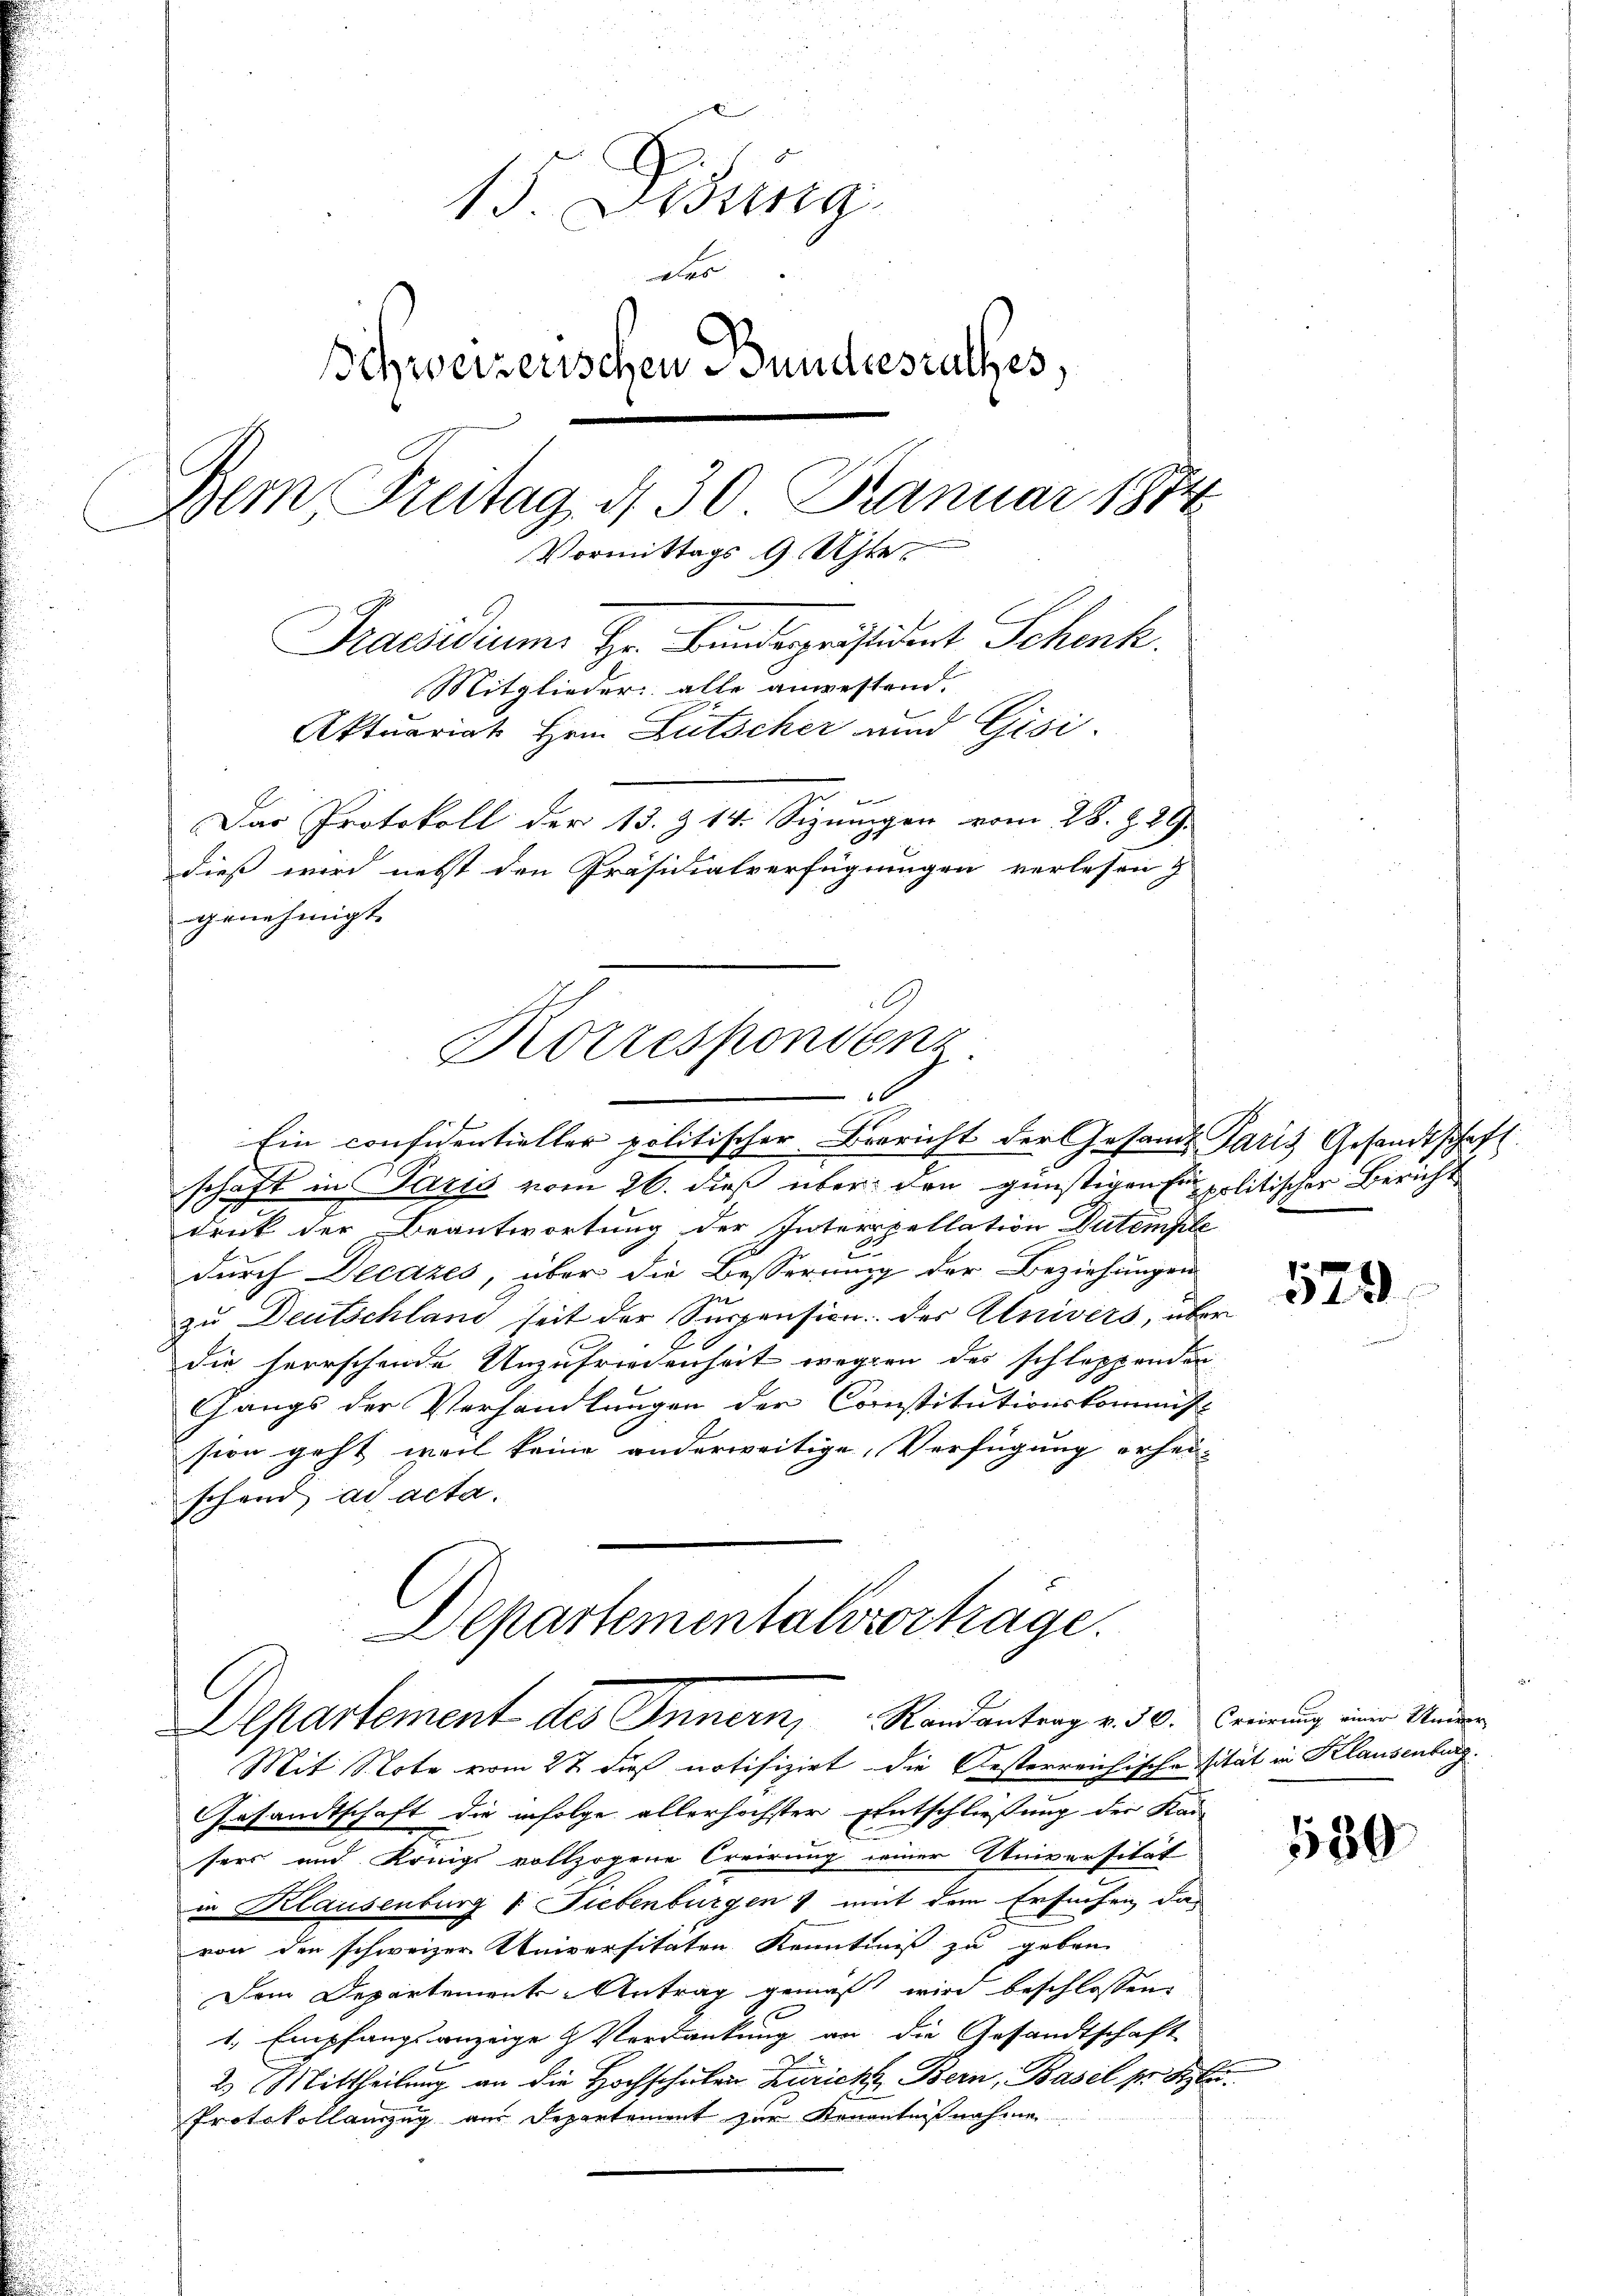
15. Didung.
des
Schweizerischen Bundesrathes,
Dem Freitag, d. 30. Januar 1874
Vormittags 9 Uhre
Praesidiums Hr. Bundespräsident Schenk.
Mitglieder: alle anwestend.
Aktuariat Hrn. Lütscher und Gisi.
Das Protokoll der 13. & 14. Sizungen vom 28. Z. 29.
dieß wird nebst den Präsidialverfügungen verlesen &
genehmigt.

Korrespenstenz
x
Ein considentieller politischer Bericht der Gesandt Paris Gesandtschaft

schaft in Paris vom 26. dieß über den günstigen für politischer Bericht
druck der Beantwortung der Interpellation Dutemfile
2
durch Decazes, über die Besserung der Beziehungen
zu Deutschland seit der Suppension des Univers, über
die herrschende Unzufriedenheit wegen des schlappenden
Gangs der Verhandlungen der Constitutionskommis-
sion geht weil keine anderweitige, Verfügung erhei-
schend ad acta.
Departementalsvorträge.
Departement des Innern Randantrag v. 30. Ceinung eine Ander
Mit Note vom 27. dieß notifizirt die Oesterreichische sität in Klausenburg
Gesandtschaft die infolge allerhöchster Entschließung der Kan-
sers und Krings vollzogene Creirung einer Universität
in Klausenburg v. Siebenburgen mit dem Ersuchen das
von den schweizer Universitäten Kenntniß zu geben.
Dem Departements-Antrag gemäß wird beschlossen,
1., Empfangsanzeige & Verdankung an die Gesandtschaft
2. Mittheilung an die Hochschulen Zürich Bern, Basel ser Sta
Protokollauszug aus Departement zur Kenntnißnahme

529

139